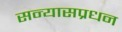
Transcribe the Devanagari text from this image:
सन्यासप्रधन